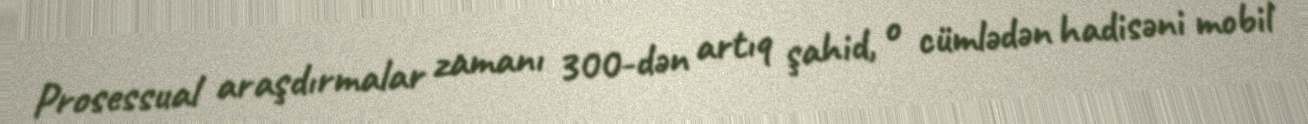
Prosessual araşdırmalar zamanı 300-dən artıq şahid, o cümlədən hadisəni mobil